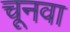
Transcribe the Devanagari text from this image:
चूनवा